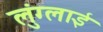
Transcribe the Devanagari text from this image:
लुंग्लाई